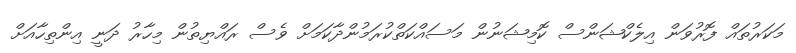
މަކަރުތައް ފޮރުވަން އިލެކްޝަންސް ކޮމިޝަނުން މަސައްކަތްކުރަމުންދާކަމަށް ވެސް ރައްޔިތުން މިހާރު ދަނީ އިންތިހާއަށް